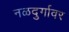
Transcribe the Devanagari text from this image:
नळदुर्गावर